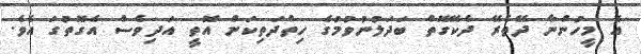
އެ މީހުންނާ ދޭތެރޭ ދެކޭގޮތް ބަދަލުނުވުމުގެ ހިތްދަތިކަން އޮތީ އަދިވެސް އެގޮތުގަ އެވެ.